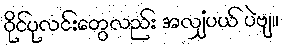
ဝိုင်ပုလင်းတွေလည်း အလျှံပယ် ပဲဗျ။